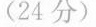
(24分)